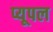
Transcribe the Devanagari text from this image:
प्यूपल